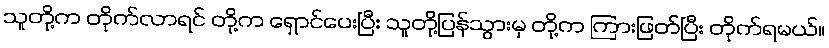
သူတို့က တိုက်လာရင် တို့က ရှောင်ပေးပြီး သူတို့ပြန်သွားမှ တို့က ကြားဖြတ်ပြီး တိုက်ရမယ်။